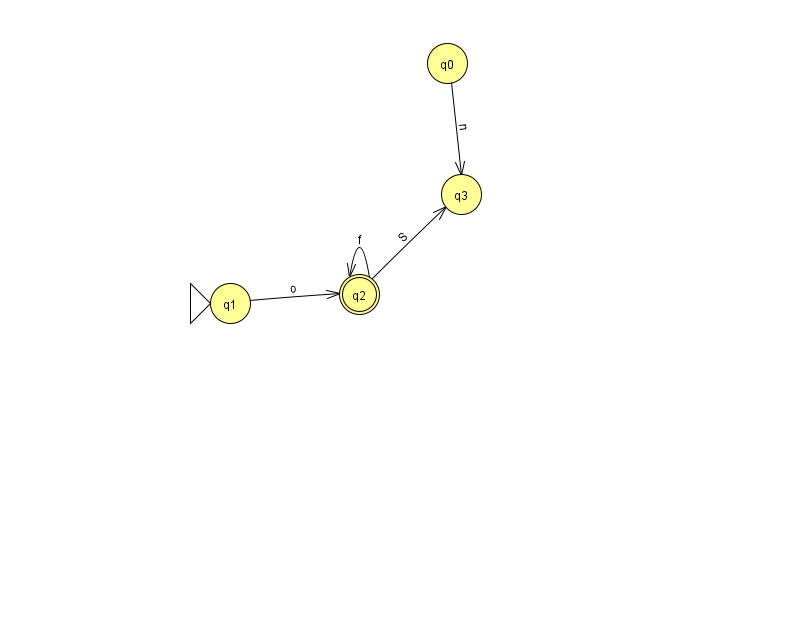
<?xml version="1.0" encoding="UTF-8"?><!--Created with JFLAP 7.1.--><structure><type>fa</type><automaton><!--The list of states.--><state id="0" name="q0"><x>447.0</x><y>50.0</y></state><state id="1" name="q1"><x>230.0</x><y>290.0</y><initial/></state><state id="2" name="q2"><x>359.0</x><y>281.0</y><final/></state><state id="3" name="q3"><x>461.0</x><y>181.0</y></state><!--The list of transitions.--><transition><from>2</from><to>3</to><read>S</read></transition><transition><from>2</from><to>2</to><read>f</read></transition><transition><from>1</from><to>2</to><read>o</read></transition><transition><from>0</from><to>3</to><read>n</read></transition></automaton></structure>